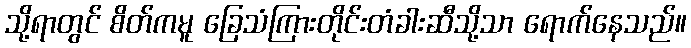
သို့ရာတွင် စိတ်ကမူ ခြေသံကြားတိုင်းတံခါးဆီသို့သာ ရောက်နေသည်။